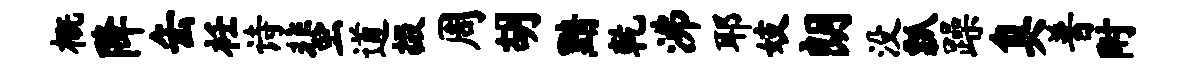
概降缶衽诗蜚道掇周胡黯乾沸耶妓朗没瓢躁臭普附